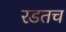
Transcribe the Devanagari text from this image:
रडतच